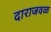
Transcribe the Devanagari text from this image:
दाराजवळ